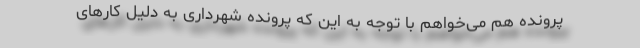
پرونده هم می‌خواهم با توجه به این که پرونده شهرداری به دلیل کارهای